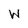
Character: W